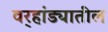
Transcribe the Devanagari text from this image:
वर्‍हांड्यातील